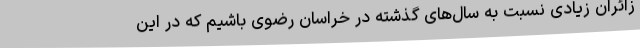
زائران زیادی نسبت به سال‌های گذشته در خراسان رضوی باشیم که در این